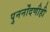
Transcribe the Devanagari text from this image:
पुनर्नोंदणीही